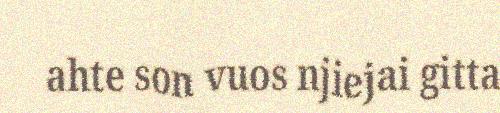
ahte son vuos njiejai gitta